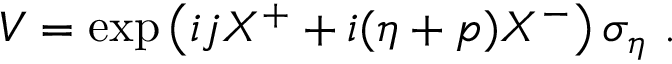
V = \exp \left( i j X ^ { + } + i ( \eta + p ) X ^ { - } \right) \sigma _ { \eta } ~ .